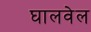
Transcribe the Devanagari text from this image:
घालवेल